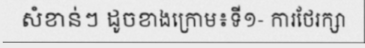
សំខាន់ៗ ដូចខាងក្រោម៖ទី១- ការថែរក្សា